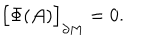
LaTeX: \Bigr [ \Phi ( { \cal A } ) \Bigr ] _ { \partial M } = 0 .